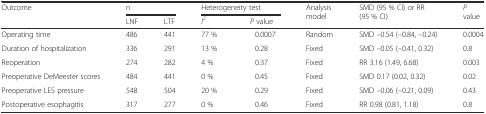
| <ROWSPAN=2> Outcome | <COLSPAN=2> n | <COLSPAN=2> Heterogeneity test | <ROWSPAN=2> Analysis model | <ROWSPAN=2> SMD (95 % CI) or RR (95 % CI) | <ROWSPAN=2> P value |
 | LNF | LTF | I2 | P value |
 | --- | --- | --- | --- | --- | --- | --- | --- |
 | Operating time | 486 | 441 | 77 % | 0.0007 | Random | SMD –0.54 (–0.84, –0.24) | 0.0004 |
 | Duration of hospitalization | 336 | 291 | 13 % | 0.28 | Fixed | SMD –0.05 (–0.41, 0.32) | 0.8 |
 | Reoperation | 274 | 282 | 4 % | 0.37 | Fixed | RR 3.16 (1.49, 6.68) | 0.003 |
 | Preoperative DeMeester scores | 484 | 441 | 0 % | 0.45 | Fixed | SMD 0.17 (0.02, 0.32) | 0.02 |
 | Preoperative LES pressure | 548 | 504 | 20 % | 0.29 | Fixed | SMD –0.06 (–0.21, 0.09) | 0.43 |
 | Postoperative esophagitis | 317 | 277 | 0 % | 0.46 | Fixed | RR 0.98 (0.81, 1.18) | 0.8 |